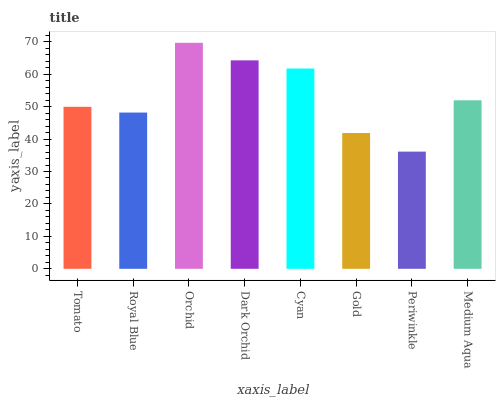
| xaxis_label | bars |
 | --- | --- |
 | Tomato | 49.9 |
 | Royal Blue | 48.2 |
 | Orchid | 69.7 |
 | Dark Orchid | 64.3 |
 | Cyan | 61.8 |
 | Gold | 41.9 |
 | Periwinkle | 36.1 |
 | Medium Aqua | 51.9 |